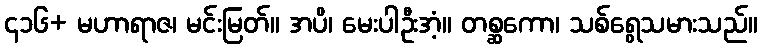
၄၁၆+ မဟာရာဇ၊ မင်းမြတ်။ အပိ၊ မေးပါဦးအံ့။ တစ္ဆကော၊ သစ်ရွေသမားသည်။